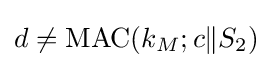
d\neq {\textrm {MAC}}(k_{M};c\|S_{2})